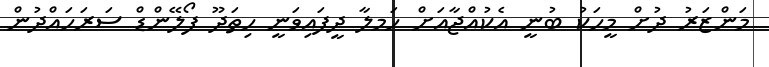
މަންޒަރު ދުށް މީހަކު ބުނީ އެކުއްޖާއަށް ހަމލާ ދީފައިވަނީ ހިތަދޫ ފޯލޭންޑް ސަރަހައްދުން